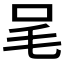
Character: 𣬦